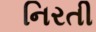
નિરતી